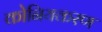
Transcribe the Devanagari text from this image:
कोनियकरण